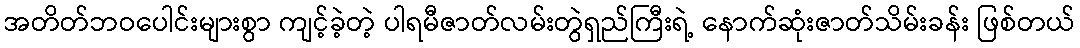
အတိတ်ဘဝပေါင်းများစွာ ကျင့်ခဲ့တဲ့ ပါရမီဇာတ်လမ်းတွဲရှည်ကြီးရဲ့ နောက်ဆုံးဇာတ်သိမ်းခန်း ဖြစ်တယ်